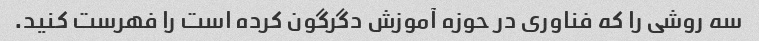
سه روشی را که فناوری در حوزه آموزش دگرگون کرده است را فهرست کنید.